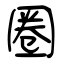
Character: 圈